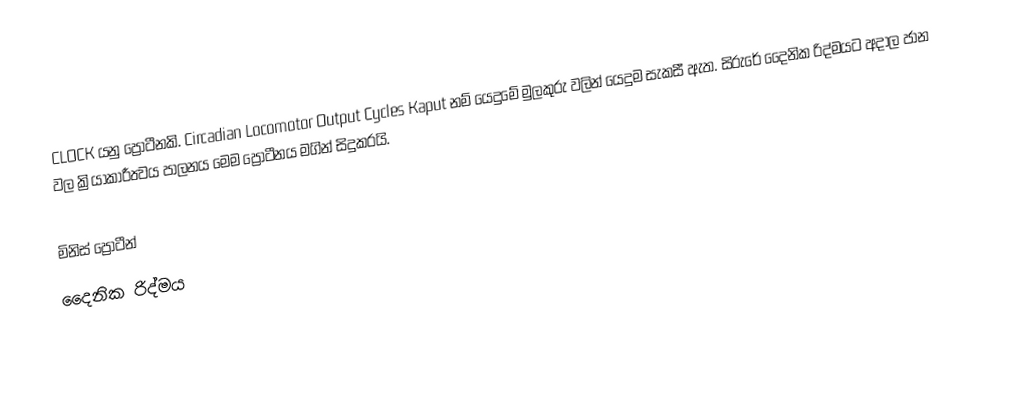
CLOCK යනු ප්‍රෝටීනකි. Circadian Locomotor Output Cycles Kaput නම් යෙදුමේ මුලකුරු වලින් යෙදුම සැකසී ඇත. සිරුරේ දෛනික රිද්මයට අදාල ජාන වල ක්‍රියාකාරීත්‍වය පාලනය  මෙම ප්‍රෝටීනය මගින් සිදුකරයි.

මිනිස් ප්‍රෝටීන්
දෛනික රිද්මය